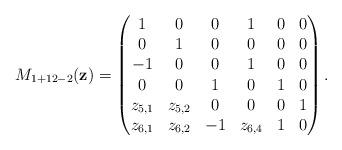
LaTeX: \begin{align*}M_{1+12-2}(\mathbf{z}) = \begin{pmatrix} 1 & 0 & 0 & 1 & 0 & 0 \\ 0 & 1 & 0 & 0 & 0 & 0 \\ -1 & 0 & 0 & 1 & 0 & 0 \\ 0 & 0 & 1 & 0 & 1 & 0 \\ z_{5,1} & z_{5,2} & 0 & 0 & 0 & 1 \\ z_{6,1} & z_{6,2} & -1 & z_{6,4} & 1 & 0 \end{pmatrix}.\end{align*}